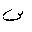
Letter: _sin